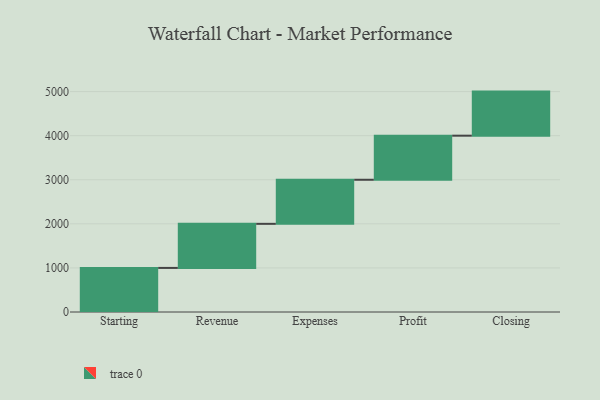
{"axis": {"x": "Step", "y": "Value"}, "legend": [""], "data": [{"x": "Starting", "y": 1000, "type": ""}, {"x": "Revenue", "y": 1000, "type": ""}, {"x": "Expenses", "y": 1000, "type": ""}, {"x": "Profit", "y": 1000, "type": ""}, {"x": "Closing", "y": 1000, "type": ""}]}